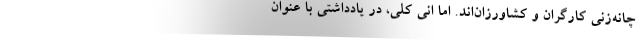
چانه‌زنیِ کارگران و کشاورزان‌اند. اما انی کلی، در یادداشتی با عنوان